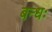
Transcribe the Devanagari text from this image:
बन्धः